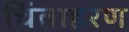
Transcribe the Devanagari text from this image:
चिंताहरण